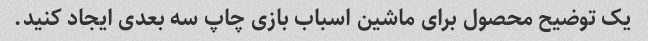
یک توضیح محصول برای ماشین اسباب بازی چاپ سه بعدی ایجاد کنید.